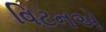
વિટનએ